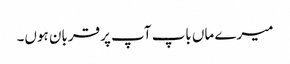
میرے ماں باپ آپ پر قربان ہوں۔